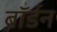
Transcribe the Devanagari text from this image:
बॉर्डन